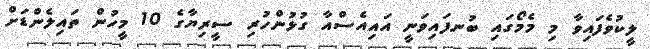
ލީކުވެފައިވާ މި މެމޯގައި ބުނފައިވަނީ އައިއެސްއާ ގުޅުންހުރި ސީރިޔާގެ 10 މީހުން ތައިލެންޑަށް